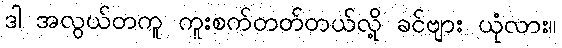
ဒါ အလွယ်တကူ ကူးစက်တတ်တယ်လို့ ခင်ဗျား ယုံလား။